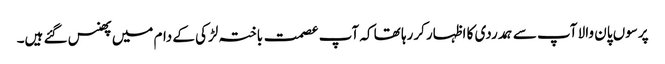
پرسوں پان والا آپ سے ہمدردی کا اظہار کررہا تھا کہ آپ عصمت باختہ لڑکی کے دام میں پھنس گئے ہیں۔